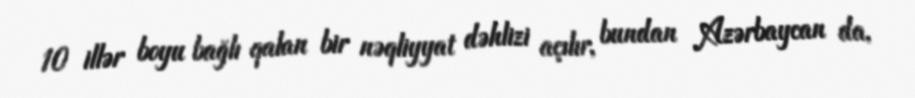
10 illər boyu bağlı qalan bir nəqliyyat dəhlizi açılır, bundan Azərbaycan da,